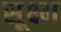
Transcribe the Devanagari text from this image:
सू़क्ष्म